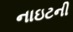
નાઇટની